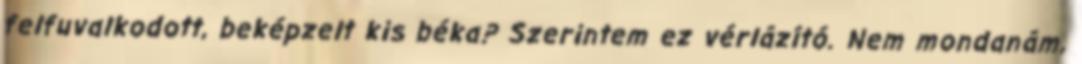
felfuvalkodott, beképzelt kis béka? Szerintem ez vérlázító. Nem mondanám,